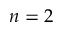
n = 2